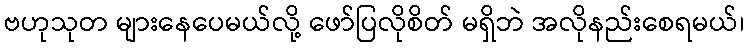
ဗဟုသုတ များနေပေမယ်လို့ ဖော်ပြလိုစိတ် မရှိဘဲ အလိုနည်းစေရမယ်၊